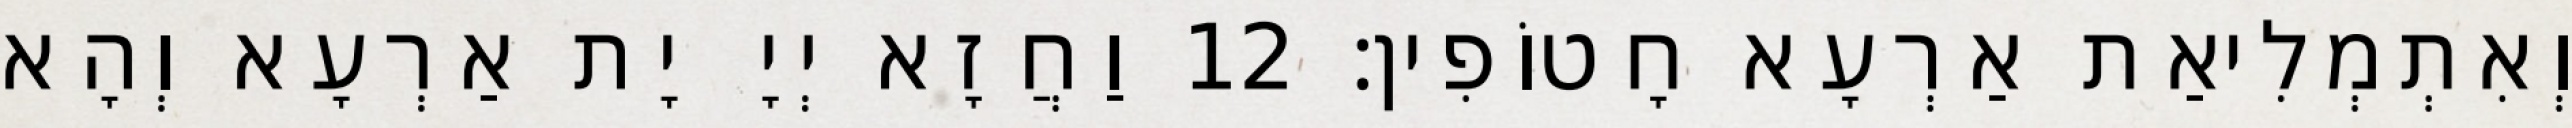
וְאִתְמְלִיאַת אַרְעָא חָטוֹפִין׃ 12 וַחֲזָא יְיָ יָת אַרְעָא וְהָא